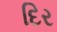
દિર